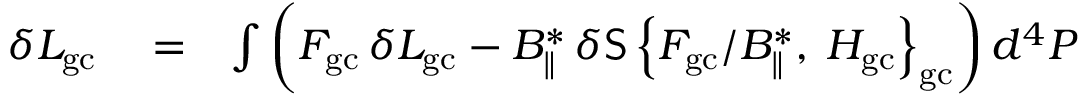
\begin{array} { r l r } { \delta { \cal L } _ { \mathrm { g c } } } & { { } = } & { \int \left( { \cal F } _ { \mathrm { g c } } \, \delta L _ { \mathrm { g c } } - B _ { \| } ^ { * } \, \delta { \sf S } \left\{ { \cal F } _ { \mathrm { g c } } / B _ { \| } ^ { * } , \frac { } { } { \cal H } _ { \mathrm { g c } } \right\} _ { \mathrm { g c } } \right) d ^ { 4 } P } \end{array}